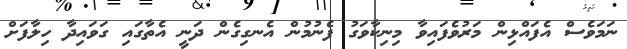
ނަމަވެސް އެފައްޅިން މަރުވެފައިވާ މިނިކާވަގު ފެނުމުން އެނގިގެން ދަނީ އެތާގައި ގަވައިދާ ހިލާފަށް